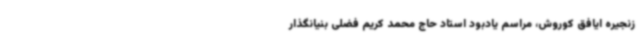
زنجیره ایافق کوروش، مراسم یادبود استاد حاج محمد کریم فضلی بنیانگذار